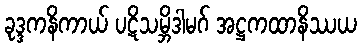
ခုဒ္ဒကနိကာယ် ပဋိသမ္ဘိဒါမဂ် အဋ္ဌကထာနိဿယ